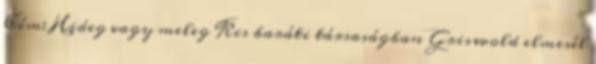
Cím: Hideg vagy meleg Kis baráti társaságban Griswold elmesél